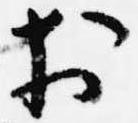
於